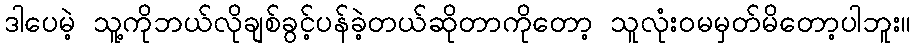
ဒါပေမဲ့ သူ့ကိုဘယ်လိုချစ်ခွင့်ပန်ခဲ့တယ်ဆိုတာကိုတော့ သူလုံးဝမမှတ်မိတော့ပါဘူး။